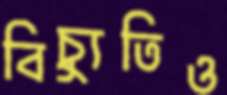
বিচ্যুতিও